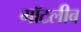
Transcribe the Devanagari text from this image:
गॉटलीब